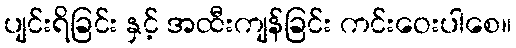
ပျင်းရိခြင်း နှင့် အထီးကျန်ခြင်း ကင်းဝေးပါစေ။